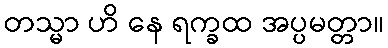
တသ္မာ ဟိ နေ ရက္ခထ အပ္ပမတ္တာ။